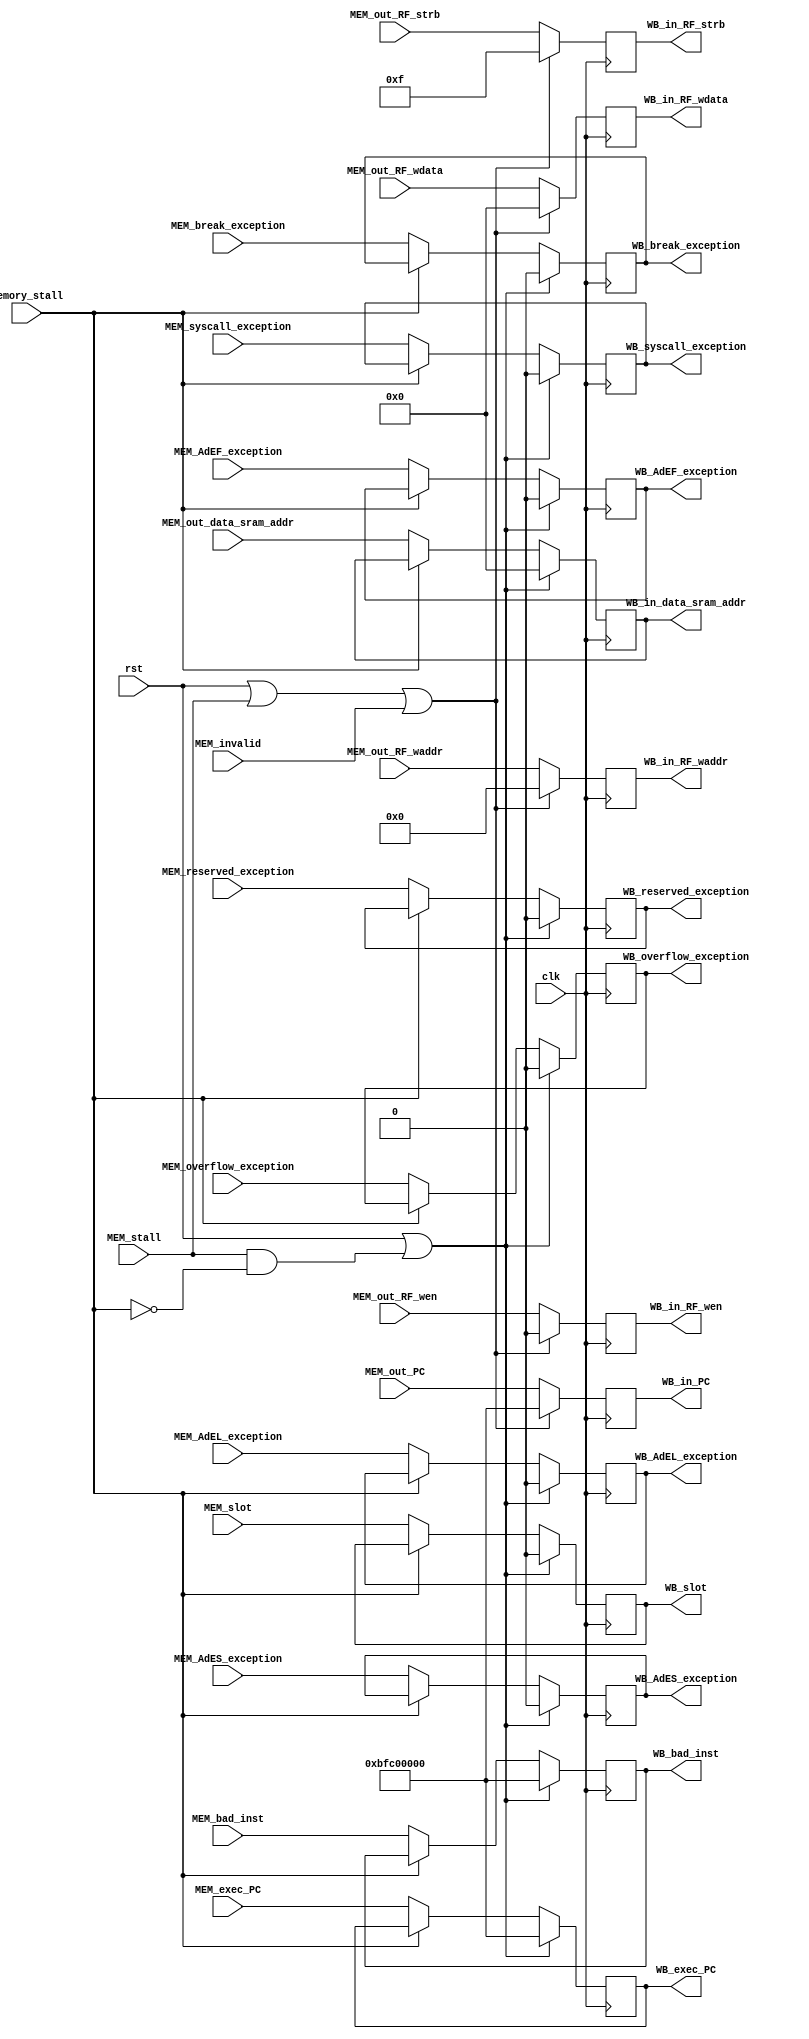
module MEM_WB(
 	input         clk,
    input         rst,
    input         MEM_stall,
	input         memory_stall,
	input         MEM_invalid,

	input  [31:0] MEM_out_data_sram_addr,
    input  [31:0] MEM_out_RF_wdata,
    input  [4 :0] MEM_out_RF_waddr,
	input  [3 :0] MEM_out_RF_strb,
    input         MEM_out_RF_wen,
    input  [31:0] MEM_out_PC,
	input  [31:0] MEM_bad_inst,
	input         MEM_syscall_exception,
	input         MEM_break_exception,
	input         MEM_reserved_exception,
	input         MEM_overflow_exception,
	input         MEM_AdES_exception,
	input         MEM_AdEL_exception,
	input         MEM_AdEF_exception,
	input         MEM_slot,
	input  [31:0] MEM_exec_PC,

	output [31:0] WB_in_data_sram_addr,
    output [31:0] WB_in_RF_wdata,
    output [4 :0] WB_in_RF_waddr,
	output [3 :0] WB_in_RF_strb,
    output        WB_in_RF_wen,
    output [31:0] WB_in_PC,
	output [31:0] WB_bad_inst,
	output        WB_syscall_exception,
	output        WB_break_exception,
	output        WB_reserved_exception,
	output        WB_overflow_exception,
	output        WB_AdES_exception,
	output        WB_AdEL_exception,
	output        WB_AdEF_exception,
	output        WB_slot,
	output [31:0] WB_exec_PC
);

	reg [31:0] reg_data_sram_addr;
    reg [31:0] reg_RF_wdata;
    reg [4 :0] reg_RF_waddr;
	reg [3 :0] reg_RF_strb;
    reg        reg_RF_wen;
    reg [31:0] reg_PC;
	reg [31:0] reg_bad_inst;
	reg        reg_syscall_exception;
	reg        reg_break_exception;
	reg        reg_reserved_exception;
	reg        reg_overflow_exception;
	reg        reg_AdES_exception;
	reg        reg_AdEL_exception;
	reg        reg_AdEF_exception;
	reg        reg_slot;
	reg [31:0] reg_exec_PC;

	assign WB_in_data_sram_addr  = reg_data_sram_addr;
    assign WB_in_RF_wdata        = reg_RF_wdata;
    assign WB_in_RF_waddr        = reg_RF_waddr;
	assign WB_in_RF_strb         = reg_RF_strb;
    assign WB_in_RF_wen          = reg_RF_wen;
    assign WB_in_PC              = reg_PC;
	assign WB_bad_inst           = reg_bad_inst;
	assign WB_syscall_exception  = reg_syscall_exception;
	assign WB_break_exception    = reg_break_exception;
	assign WB_reserved_exception = reg_reserved_exception;
	assign WB_overflow_exception = reg_overflow_exception;
	assign WB_AdES_exception     = reg_AdES_exception;
	assign WB_AdEL_exception     = reg_AdEL_exception;
	assign WB_AdEF_exception     = reg_AdEF_exception;
	assign WB_slot               = reg_slot;
	assign WB_exec_PC            = reg_exec_PC;

	always @(posedge clk) begin
		if (rst | MEM_stall | MEM_invalid) begin
			// reg_data_sram_addr     <= 32'd0;
			reg_RF_wdata           <= 32'd0;
			reg_RF_waddr           <= 5'd0;
			reg_RF_strb            <= 4'b1111;
			reg_RF_wen             <= 1'b0;
			reg_PC                 <= 32'hbfc00000;

			// reg_bad_inst           <= 32'hbfc00000;
			// reg_syscall_exception  <= 1'b0;
			// reg_break_exception    <= 1'b0;
			// reg_reserved_exception <= 1'b0;
			// reg_overflow_exception <= 1'b0;
			// reg_AdES_exception     <= 1'b0;
			// reg_AdEL_exception     <= 1'b0;
			// reg_AdEF_exception     <= 1'b0;
			// reg_slot               <= 1'b0;
		end else begin
			// reg_data_sram_addr     <= MEM_out_data_sram_addr;
			reg_RF_wdata           <= MEM_out_RF_wdata;
			reg_RF_waddr           <= MEM_out_RF_waddr;
			reg_RF_strb            <= MEM_out_RF_strb;
			reg_RF_wen             <= MEM_out_RF_wen;
			reg_PC                 <= MEM_out_PC;

			// reg_bad_inst           <= MEM_bad_inst;
			// reg_syscall_exception  <= MEM_syscall_exception;
			// reg_break_exception    <= MEM_break_exception;
			// reg_reserved_exception <= MEM_reserved_exception;
			// reg_overflow_exception <= MEM_overflow_exception;
			// reg_AdES_exception     <= MEM_AdES_exception;
			// reg_AdEL_exception     <= MEM_AdEL_exception;
			// reg_AdEF_exception     <= MEM_AdEF_exception;
			// reg_slot               <= MEM_slot;
		end
	end

	always @(posedge clk) begin
		if (rst | (MEM_stall & ~memory_stall)) begin
			reg_data_sram_addr     <= 32'd0;

			reg_AdES_exception     <= 1'b0;
			reg_AdEL_exception     <= 1'b0;
			reg_AdEF_exception     <= 1'b0;
			reg_slot               <= 1'b0;
			reg_bad_inst           <= 32'hbfc00000;
			reg_syscall_exception  <= 1'b0;
			reg_break_exception    <= 1'b0;
			reg_reserved_exception <= 1'b0;
			reg_overflow_exception <= 1'b0;
			reg_exec_PC            <= 32'hbfc00000;
		end else if (memory_stall) begin
		end else begin
		    reg_data_sram_addr     <= MEM_out_data_sram_addr;
			
			reg_AdES_exception     <= MEM_AdES_exception;
			reg_AdEL_exception     <= MEM_AdEL_exception;
			reg_AdEF_exception     <= MEM_AdEF_exception;
			reg_slot               <= MEM_slot;
			reg_bad_inst           <= MEM_bad_inst;
			reg_syscall_exception  <= MEM_syscall_exception;
			reg_break_exception    <= MEM_break_exception;
			reg_reserved_exception <= MEM_reserved_exception;
			reg_overflow_exception <= MEM_overflow_exception;
			reg_exec_PC            <= MEM_exec_PC;
		end
	end

endmodule